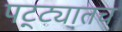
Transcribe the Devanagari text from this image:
पट्ट्यातच